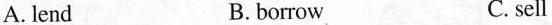
A. lend B.borrow C.sell